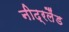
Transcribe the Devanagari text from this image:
नीद्रलैंड